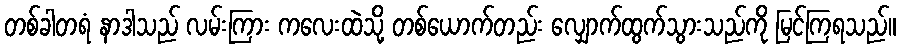
တစ်ခါတရံ နာဒါသည် လမ်းကြား ကလေးထဲသို့ တစ်ယောက်တည်း လျှောက်ထွက်သွားသည်ကို မြင်ကြရသည်။